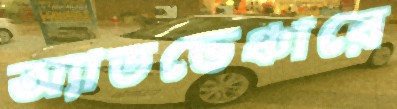
অ্যাডভেঞ্চারে